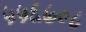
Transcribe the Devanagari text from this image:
५५६७०८